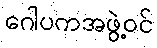
ဂေါပကအဖွဲ့ဝင်